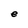
Character: e